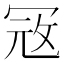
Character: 𭁵